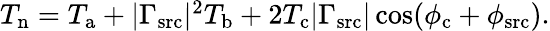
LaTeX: \begin{array}{r}{T_{\mathrm{n}}=T_{\mathrm{a}}+|\Gamma_{\mathrm{src}}|^{2}T_{\mathrm{b}}+2T_{\mathrm{c}}|\Gamma_{\mathrm{src}}|\cos(\phi_{\mathrm{c}}+\phi_{\mathrm{src}}).}\end{array}